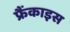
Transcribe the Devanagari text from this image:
फ्रैंकाइस